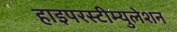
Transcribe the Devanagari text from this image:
हाइपरस्टीम्युलेशन